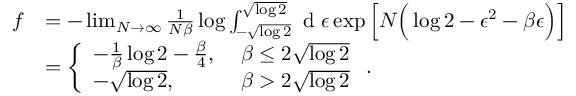
\begin{array} { r l } { f } & { = - \operatorname* { l i m } _ { N \rightarrow \infty } \frac { 1 } { N \beta } \log { \int _ { - \sqrt { \log { 2 } } } ^ { \sqrt { \log { 2 } } } \textrm { d } \epsilon \exp { \Big [ N \Big ( \log { 2 } - \epsilon ^ { 2 } - \beta \epsilon \Big ) \Big ] } } } \\ & { = \left\{ \begin{array} { l l } { - \frac { 1 } { \beta } \log { 2 } - \frac { \beta } { 4 } , \; } & { \beta \leq 2 \sqrt { \log { 2 } } } \\ { - \sqrt { \log { 2 } } , \; } & { \beta > 2 \sqrt { \log { 2 } } } \end{array} \right. . } \end{array}